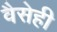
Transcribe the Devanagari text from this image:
वैसेही